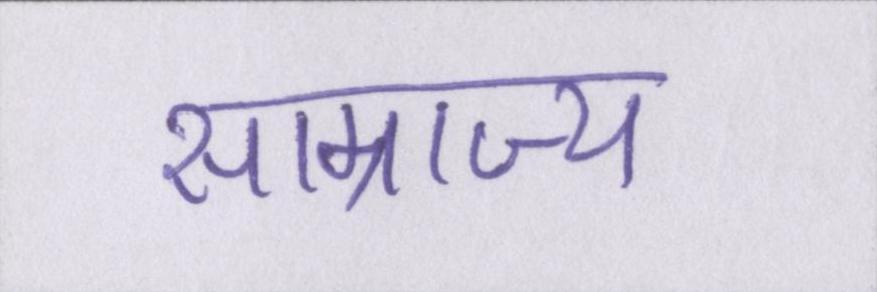
साम्राज्य